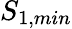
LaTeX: S_{1,min}